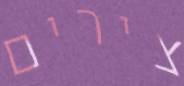
צירים